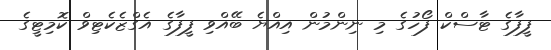
ފީފާގެ ޓާސްކް ފޯހުގެ މި ނިންމުން އިއްޔެ ބޭއްވި ފީފާގެ އެގްޒެކެޓިވް ކޮމިޓީގެ